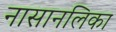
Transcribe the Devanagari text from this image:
नासानलिका